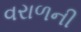
વરાળની